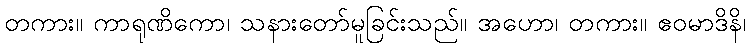
တကား။ ကာရုဏိကော၊ သနားတော်မူခြင်းသည်။ အဟော၊ တကား။ ဧဝမာဒိနိ၊